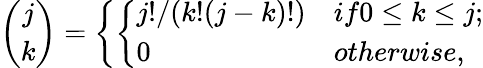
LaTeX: {\binom{j}{k}}=\left\{ \left\{ \begin{array}{ll}{{j!/(k!(j-k)!)}}&{{if0\le k\le j;}}\\ {{0}}&{{otherwise,}}\end{array}\right.\right.